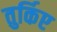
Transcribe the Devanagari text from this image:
तुर्किए